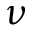
\nu